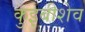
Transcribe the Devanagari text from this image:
कुइबीशेव